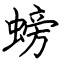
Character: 螃